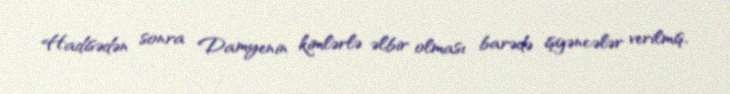
Hadisədən sonra Damyenin kimlərlə əlbir olması barədə işgəncələr verilmiş,